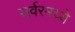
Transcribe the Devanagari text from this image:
सर्वरमध्ये